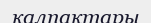
қалпақтары